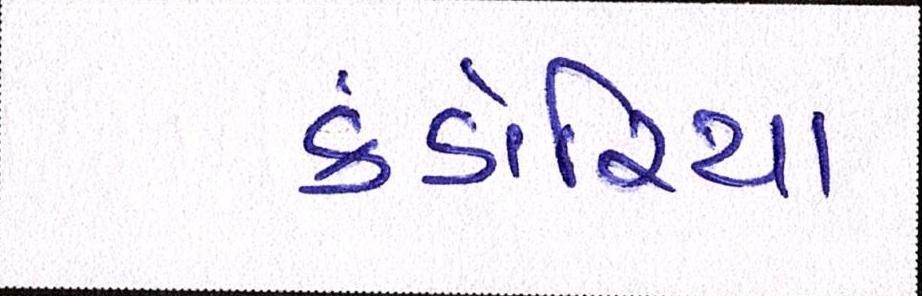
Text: કંડોરિયા